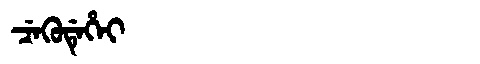
Manchu: ᠴᡝᡴᡠᡩᡝᡥᡝᡳ
Romanization: CEKUDEHEI